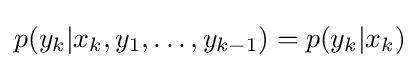
p(y_{k}|x_{k},y_{1},\ldots ,y_{k-1})=p(y_{k}|x_{k})